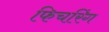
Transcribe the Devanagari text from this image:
फिचरिंग